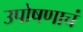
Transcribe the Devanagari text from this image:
उपोषणाचं